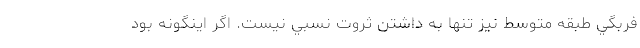
فربگي طبقه متوسط نیز تنها به داشتن ثروت نسبي نيست. اگر اينگونه بود